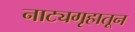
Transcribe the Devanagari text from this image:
नाट्यगृहातून